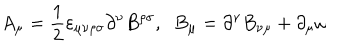
A _ { \mu } = \frac { 1 } { 2 } { \varepsilon } _ { \mu \nu \rho \sigma } \partial ^ { \nu } B ^ { \rho \sigma } , \; \; B _ { \mu } = \partial ^ { \nu } B _ { \nu \mu } + \partial _ { \mu } \omega